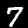
Label: 7